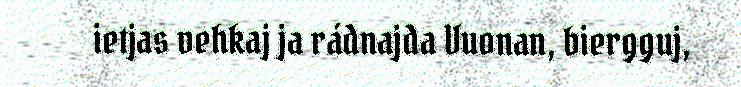
ietjas vehkaj ja rádnajda Vuonan, biergguj,